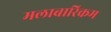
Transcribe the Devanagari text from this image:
मलाबारिकम